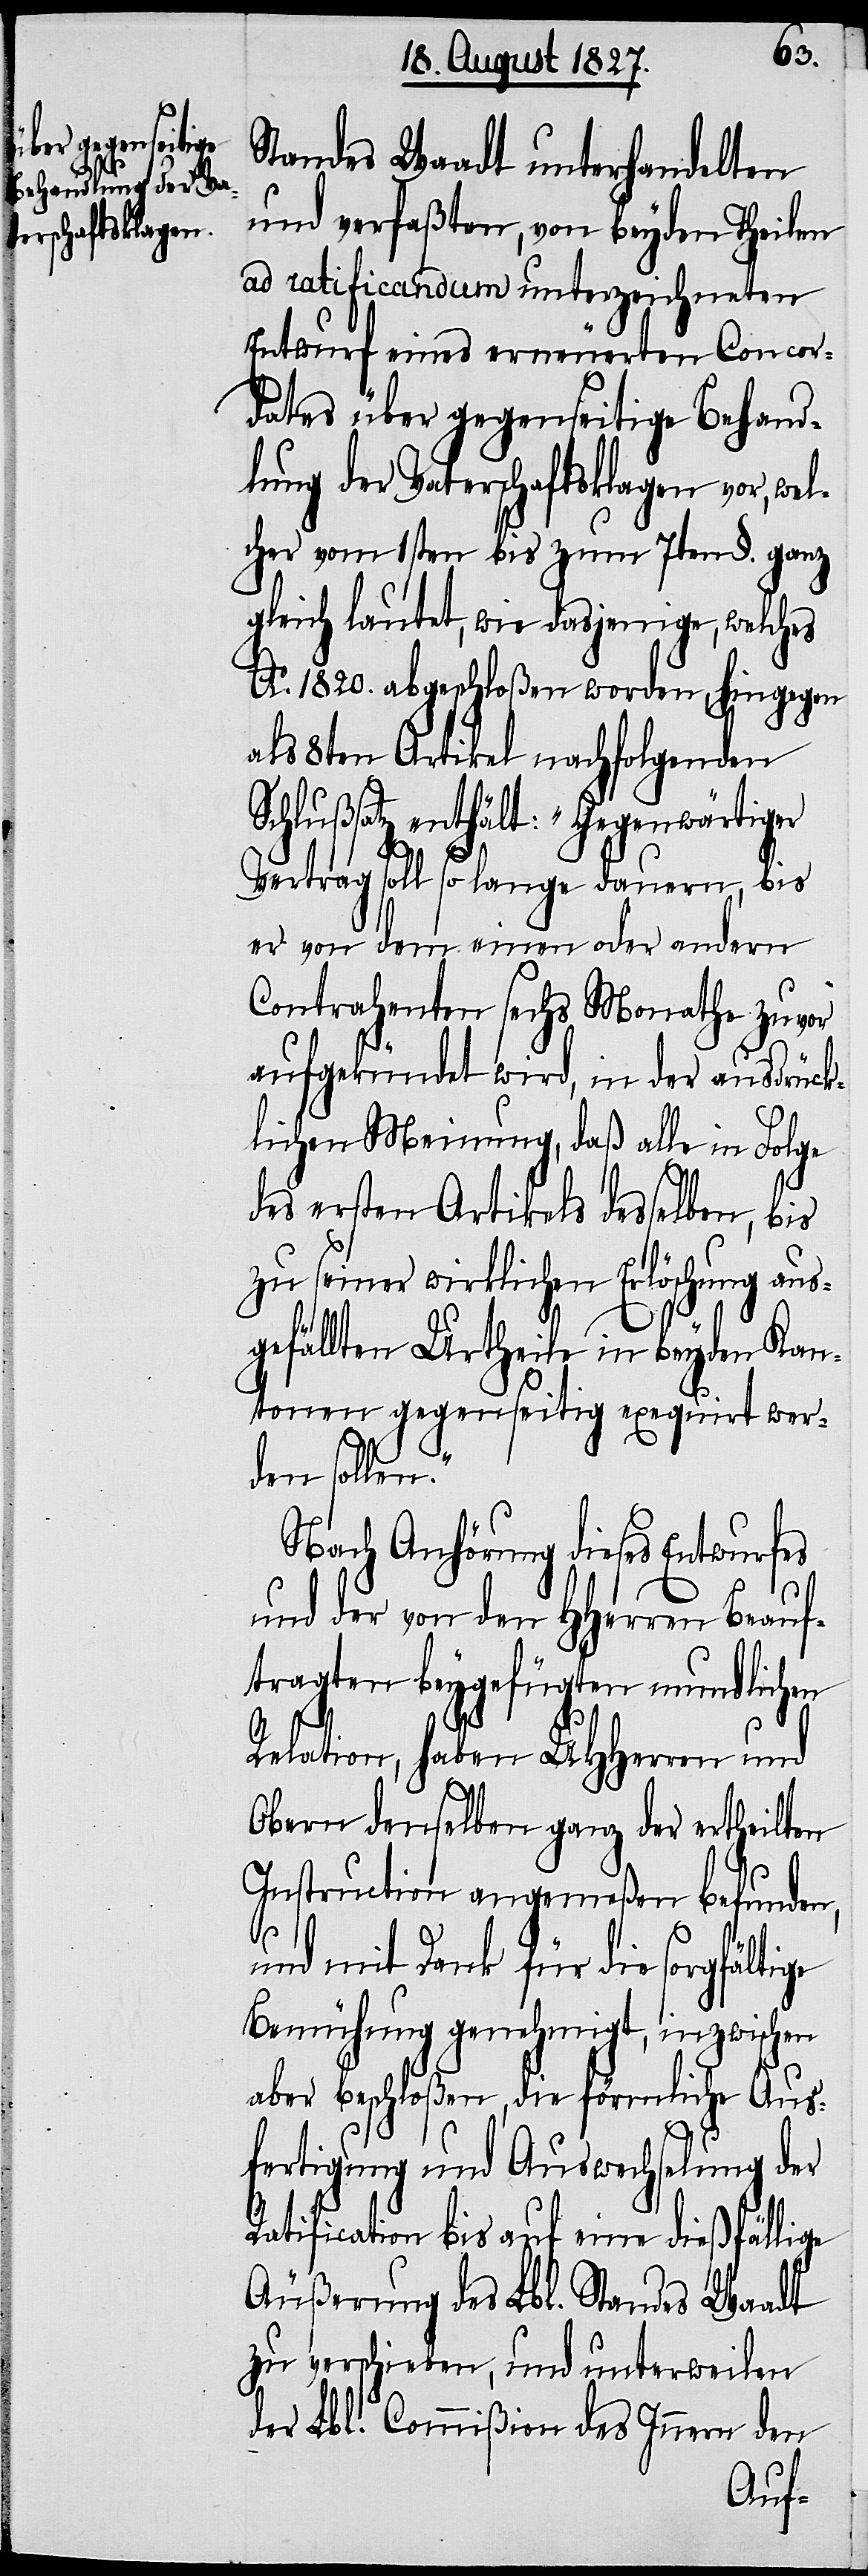
Standes Waadt unterhandelten
und verfaßten, von beyden Theilen
ad ratificandum unterzeichneten
Entwurf eines erneuerten Concor¬
dates über gegenseitige Behand¬
lung der Vaterschaftsklagen vor, wel¬
cher vom 1sten bis zum 7ten §. ganz
gleich lautet, wie dasjenige, welches
Ao. 1820. abgeschloßen worden, hingegen
als 8ten Artikel nachfolgenden
Schlußsatz enthält: „Gegenwärtiger
ge
Vertrag soll so lange dauern, bis
er von dem einen oder andern
Contrahenden sechs Monathe zuvor
aufgekündet wird, in der ausdrück¬
lichen Meinung, daß alle in Folge
des ersten Artikels desselben, bis
zu seiner wirklichen Erlöschung aus¬
gefällten Urtheile in beyden Kan¬
tonen gegenseitig exequirt wer¬
den sollen.“
Nach Anhörung dieses Entwurfes
und der von den HHerrn Beauf¬
tragten beygefügten mundlichen
Relation, haben UHHerren und
Obern denselben ganz der ertheilten
Instruction angemeßen befunden,
und mit Dank für die sorgfälti¬
Bemühung genehmigt, inzwischen
aber beschloßen, die förmliche Aus¬
fertigung und Auswechselung der
Ratification bis auf eine dießfällige
Äußerung des Lbl. Standes Waadt
zu verschieben, und unterweilen
der Lbl. Commißion des Innern den